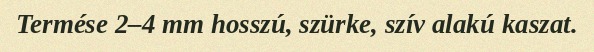
Termése 2–4 mm hosszú, szürke, szív alakú kaszat.